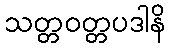
သတ္တဝတ္တပဒါနိ